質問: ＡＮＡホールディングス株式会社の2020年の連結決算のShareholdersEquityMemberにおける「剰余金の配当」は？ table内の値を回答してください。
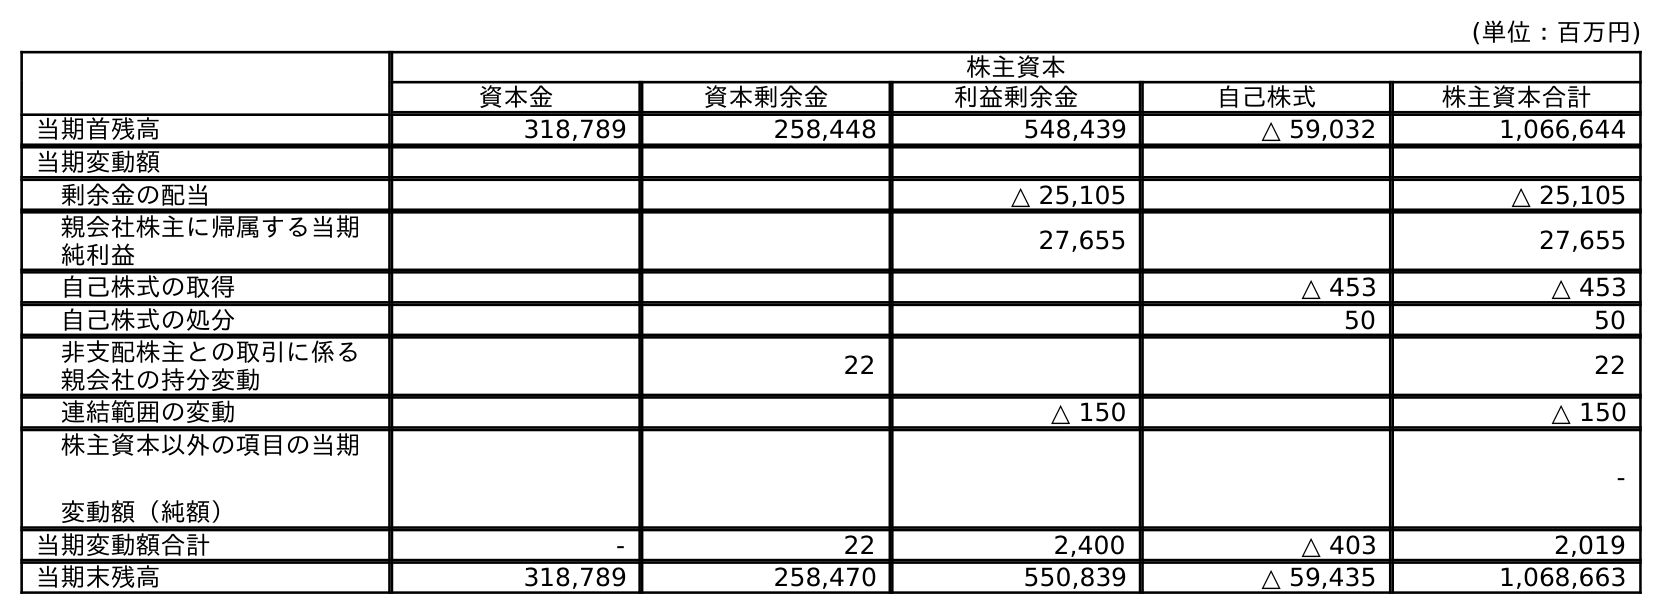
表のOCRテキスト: (単位：百万円) 株主資本 資本金 資本剰余金 利益剰余金 自己株式 株主資本合計 当期首残高 318,789 258,448 548,439 △ 59,032 1,066,644 当期変動額 剰余金の配当 △ 25,105 △ 25,105 親会社株主に帰属する当期 純利益 27,655 27,655 自己株式の取得 △ 453 △ 453 自己株式の処分 50 50 非支配株主との取引に係る 親会社の持分変動 22 22 連結範囲の変動 △ 150 △ 150 株主資本以外の項目の当期 変動額（純額） - 当期変動額合計 - 22 2,400 △ 403 2,019 当期末残高 318,789 258,470 550,839 △ 59,435 1,068,663
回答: △25,105